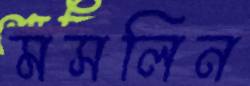
মসলিন